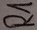
Text: R1